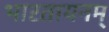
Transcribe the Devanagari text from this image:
भारतायनम्